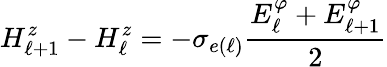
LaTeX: H_{\ell+1}^{z}-H_{\ell}^{z}=-\sigma_{e(\ell)}\frac{E_{\ell}^{\varphi}+E_{\ell+1}^{\varphi}}{2}